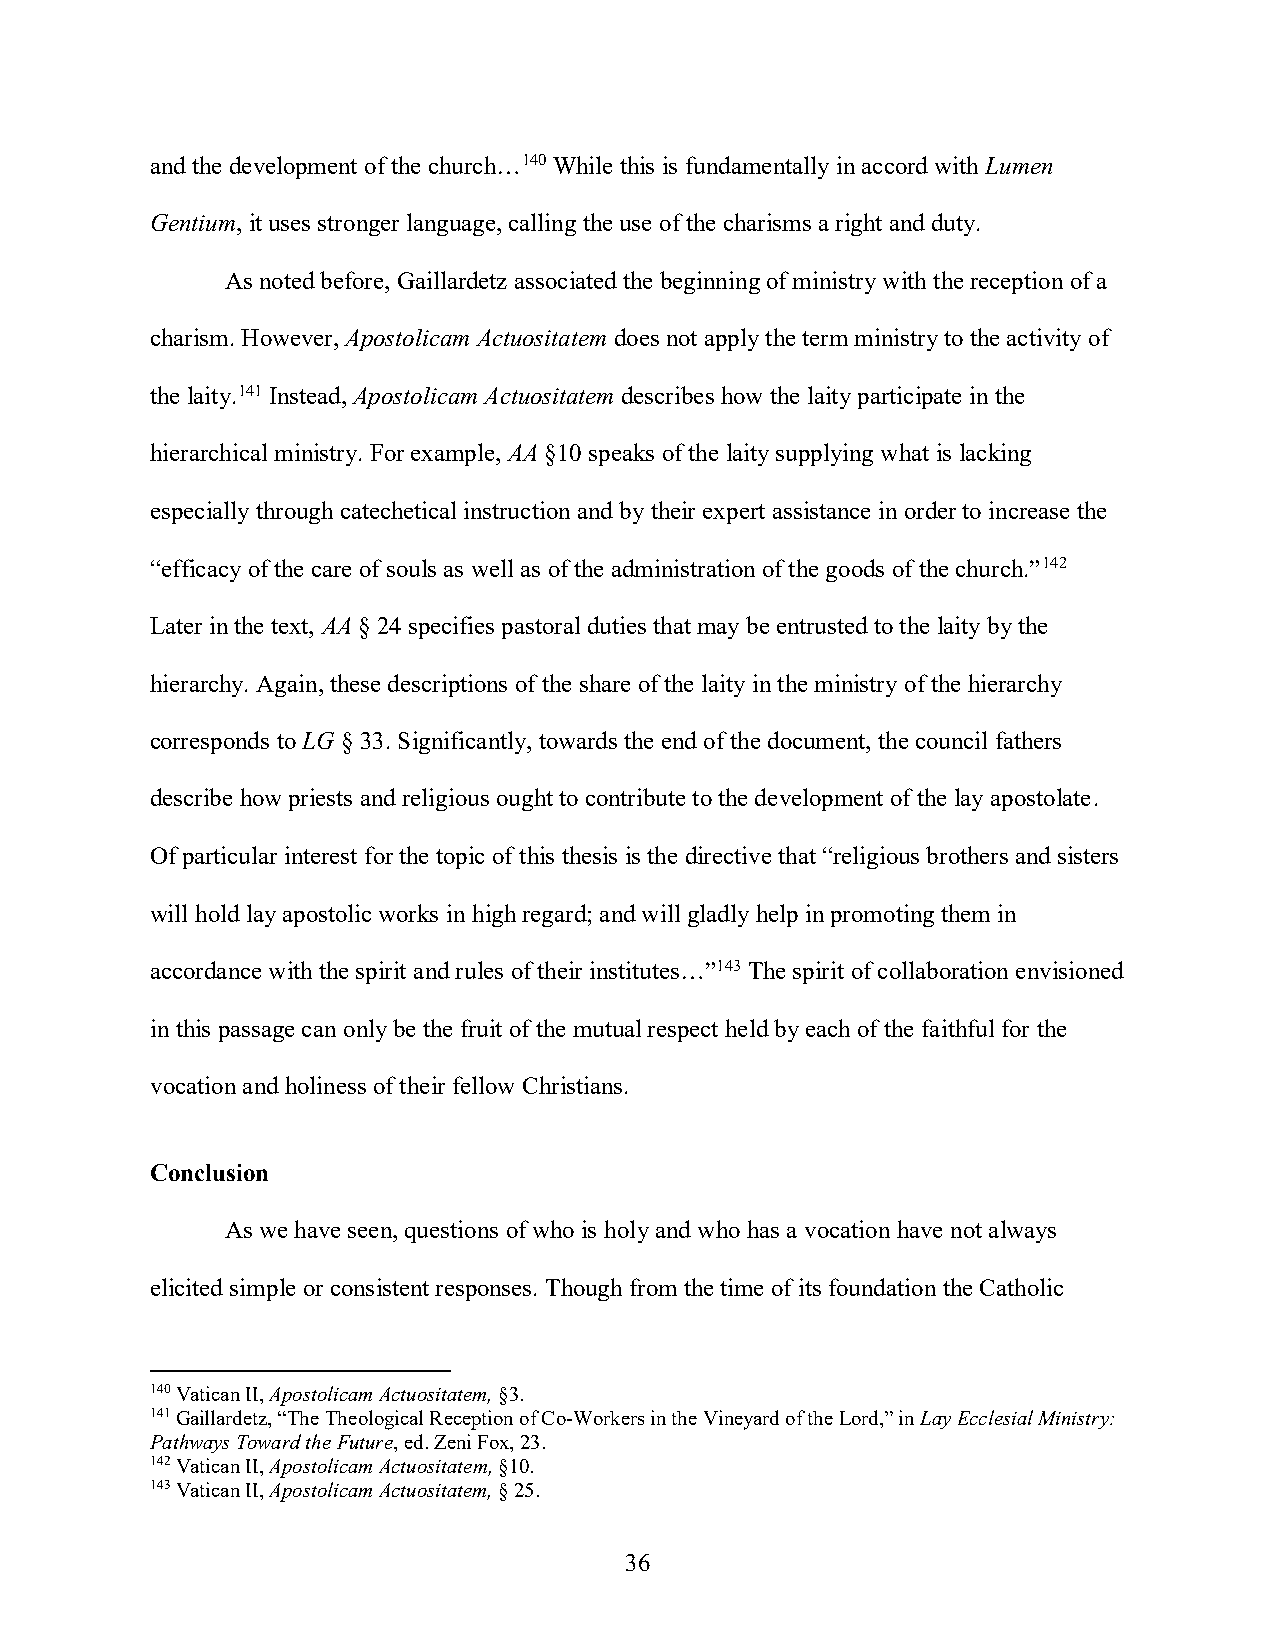
and the development of the church…140 While this is fundamentally in accord with Lumen
 Gentium, it uses stronger language, calling the use of the charisms a right and duty.
 As noted before, Gaillardetz associated the beginning of ministry with the reception of a
 charism. However, Apostolicam Actuositatem does not apply the term ministry to the activity of
 the laity.141 Instead, Apostolicam Actuositatem describes how the laity participate in the
 hierarchical ministry. For example, AA §10 speaks of the laity supplying what is lacking
 especially through catechetical instruction and by their expert assistance in order to increase the
 “efficacy of the care of souls as well as of the administration of the goods of the church.”142
 Later in the text, AA § 24 specifies pastoral duties that may be entrusted to the laity by the
 hierarchy. Again, these descriptions of the share of the laity in the ministry of the hierarchy
 corresponds to LG § 33. Significantly, towards the end of the document, the council fathers
 describe how priests and religious ought to contribute to the development of the lay apostolate.
 Of particular interest for the topic of this thesis is the directive that “religious brothers and sisters
 will hold lay apostolic works in high regard; and will gladly help in promoting them in
 accordance with the spirit and rules of their institutes…”143 The spirit of collaboration envisioned
 in this passage can only be the fruit of the mutual respect held by each of the faithful for the
 vocation and holiness of their fellow Christians.
 Conclusion
 As we have seen, questions of who is holy and who has a vocation have not always
 elicited simple or consistent responses. Though from the time of its foundation the Catholic
 140 Vatican II, Apostolicam Actuositatem, §3.
 141 Gaillardetz, “The Theological Reception of Co-Workers in the Vineyard of the Lord,” in Lay Ecclesial Ministry:
 Pathways Toward the Future, ed. Zeni Fox, 23.
 142 Vatican II, Apostolicam Actuositatem, §10.
 143 Vatican II, Apostolicam Actuositatem, § 25.
 36